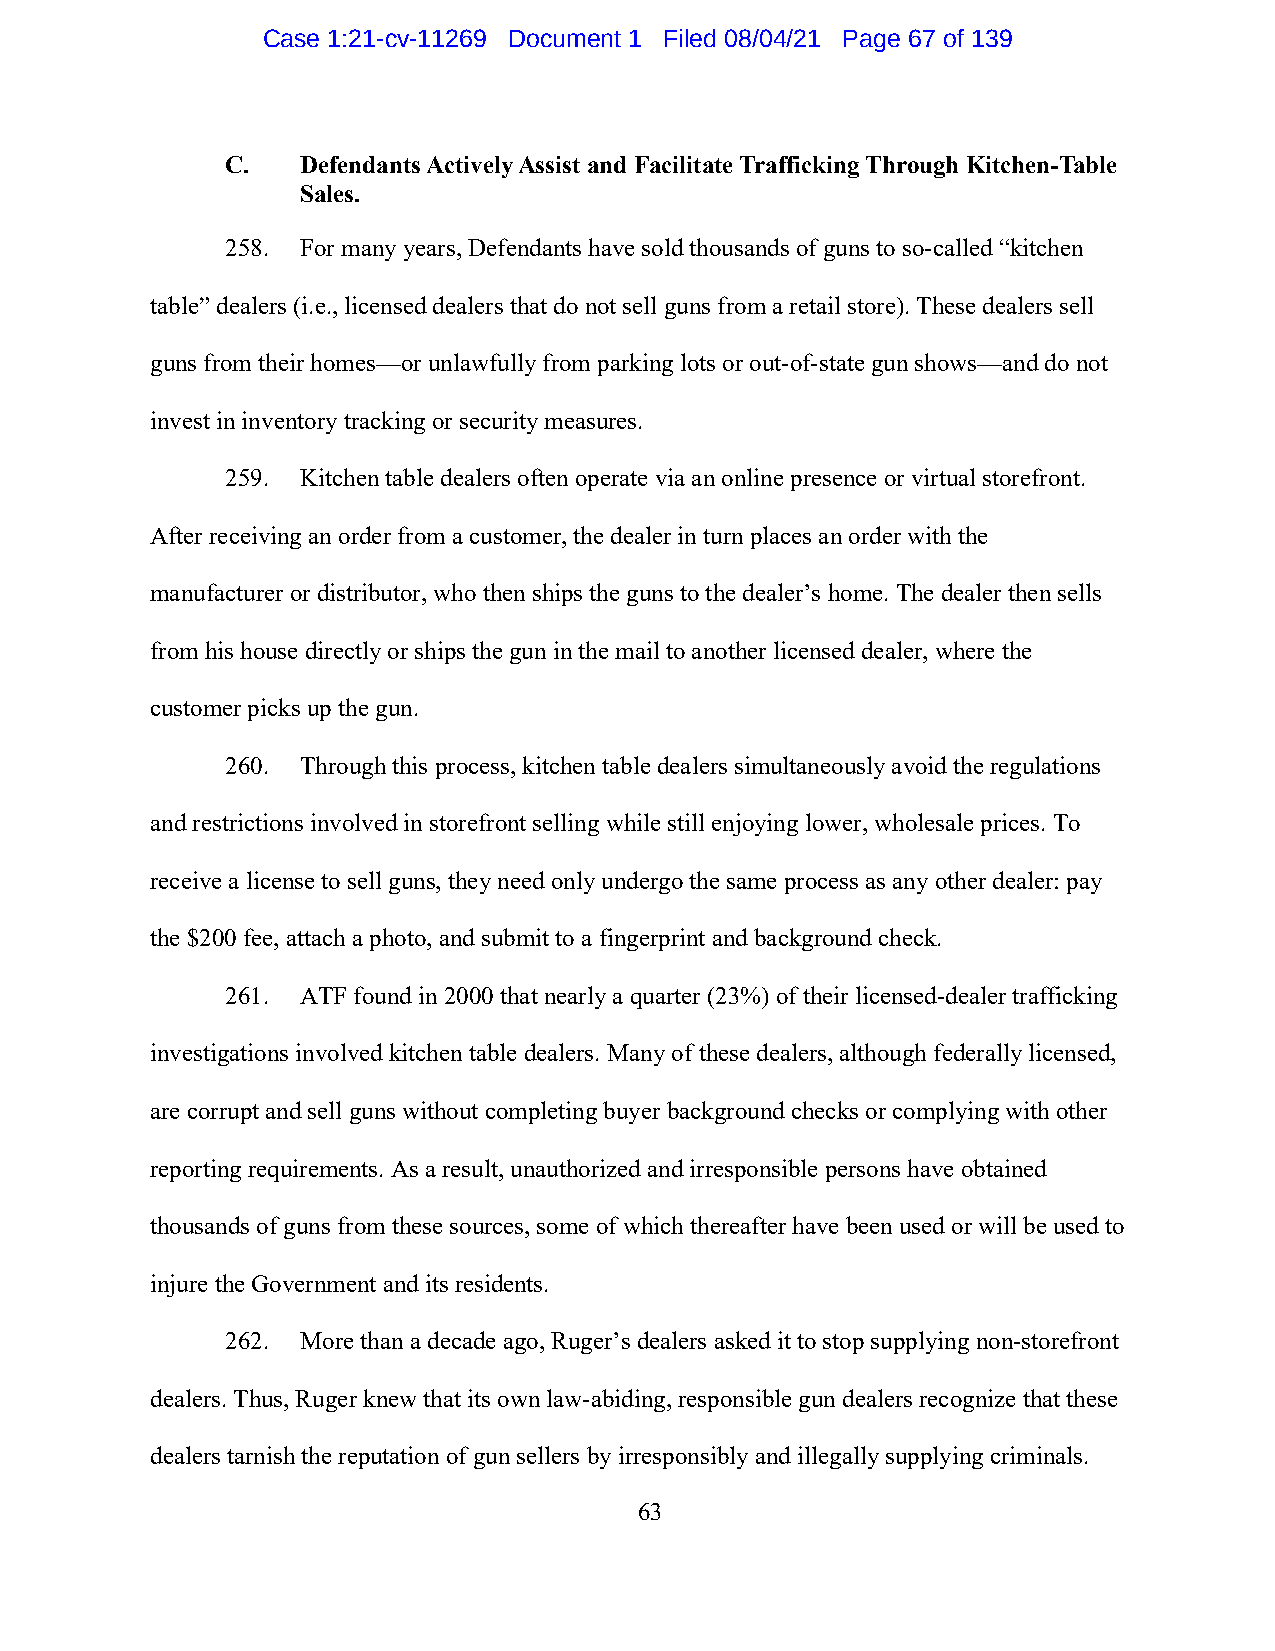
Case 1:21-cv-11269 Document 1 Filed 08/04/21 Page 67 of 139
 C.   Defendants Actively Assist and Facilitate Trafficking Through Kitchen-Table
 Sales.
 258. For many years, Defendants have sold thousands of guns to so-called “kitchen
 table” dealers (i.e., licensed dealers that do not sell guns from a retail store). These dealers sell
 guns from their homes—or unlawfully from parking lots or out-of-state gun shows—and do not
 invest in inventory tracking or security measures.
 259. Kitchen table dealers often operate via an online presence or virtual storefront.
 After receiving an order from a customer, the dealer in turn places an order with the
 manufacturer or distributor, who then ships the guns to the dealer’s home. The dealer then sells
 from his house directly or ships the gun in the mail to another licensed dealer, where the
 customer picks up the gun.
 260. Through this process, kitchen table dealers simultaneously avoid the regulations
 and restrictions involved in storefront selling while still enjoying lower, wholesale prices. To
 receive a license to sell guns, they need only undergo the same process as any other dealer: pay
 the $200 fee, attach a photo, and submit to a fingerprint and background check.
 261. ATF found in 2000 that nearly a quarter (23%) of their licensed-dealer trafficking
 investigations involved kitchen table dealers. Many of these dealers, although federally licensed,
 are corrupt and sell guns without completing buyer background checks or complying with other
 reporting requirements. As a result, unauthorized and irresponsible persons have obtained
 thousands of guns from these sources, some of which thereafter have been used or will be used to
 injure the Government and its residents.
 262. More than a decade ago, Ruger’s dealers asked it to stop supplying non-storefront
 dealers. Thus, Ruger knew that its own law-abiding, responsible gun dealers recognize that these
 dealers tarnish the reputation of gun sellers by irresponsibly and illegally supplying criminals.
 63